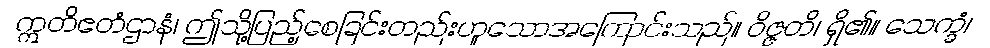
ဣတိဧတံဌာနံ၊ ဤသို့ပြည့်စေခြင်းတည်းဟူသောအကြောင်းသည်။ ဝိဇ္ဇတိ၊ ရှိ၏။ သေက္ခံ၊